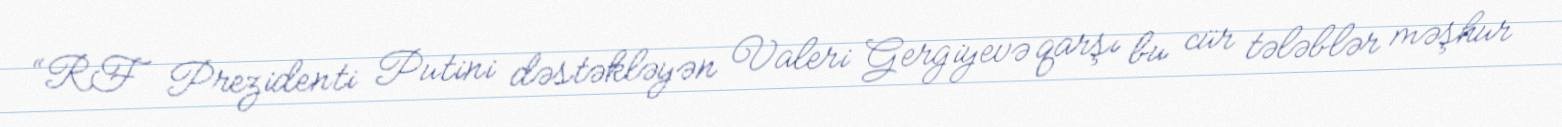
“RF Prezidenti Putini dəstəkləyən Valeri Gergiyevə qarşı bu cür tələblər məşhur